Leprosy in India: report of the Leprosy Commission in India, 1890-91
Year: 1890
Disease focus: Leprosy
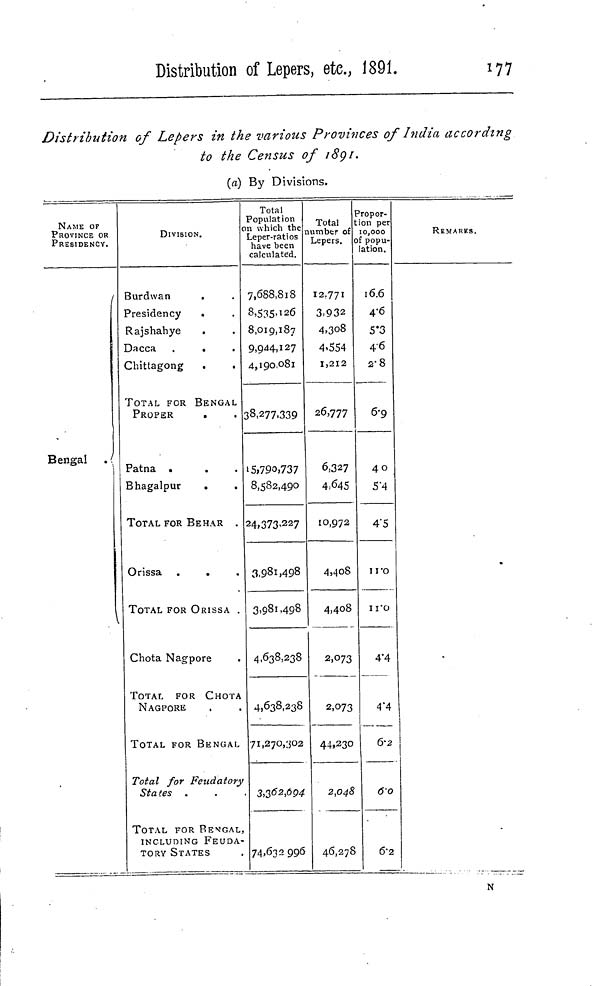
Distribution of Lepers, etc, 1891.
177
Distribution of Lepers in the various Provinces of India according
to the Census of i8gi.
(a) By Divisions.
NAME OF
PROVINCE OR
PRESIDENCY.
/
Bengal . (
DIVISION.
Burdwan
.
Presidency
.
Rajshahye
.
Dacca .
.
Chittagong
.
.
TOTAL FOR BENGAL
PROPER
Patna .
Bhagalpur
.
TOTAL FOR BEHAR .
Orissa .
.
TOTAL FOR ORISSA .
Chota Nagpore
TOTAL FOR CHOTA
NAGPORE
TOTAL FOR BENGAL
Total for Feudatory
States .
TOTAL FOR BENGAL,
INCLUDING FEUDA-
TORY STATES
Total
Population
on which the
Leper-ratios
have been
calculated.
7,688,818
8.535'i26
8,019,187
9,944,127
4,190,081
38.277.339
'5,790,737
8,582,490
24,373,227
3,981,498
3.981,498
4,638,238
4,638,238
71,270,302
3,362,694
74,632996
Total
lumber of
Lepers.
12.771
3.932
4.3O8
4-554
1,212
26,777
6,327
4,645
IO,972
4>4o8
4,408
2,073
2,073
445230
2,048
46,278
3 ropor-
ion per
10,000
of popu-
lation.
16.6
4-6
5*3
4-6
2-8
6-9
40
5'4
4"5
iro
II'O
4'4
4"4
&2
6-0
6-2
REMARKS.
N